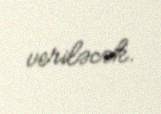
veriləcək.